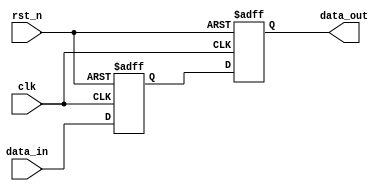
module cdclib_bitsync
  #(
    parameter DWIDTH = 1,    // Sync Data input
    parameter SYNCSTAGE = 2, // Sync stages
    parameter RESET_VAL = 0,  // Reset value
    parameter CLK_FREQ_MHZ = 250   // Clock frequency (in MHz)    
    )
    (
    input  wire              clk,     // clock
    input  wire              rst_n,   // async reset
    input  wire [DWIDTH-1:0] data_in, // data in
    output wire [DWIDTH-1:0] data_out // data out
     );

   // Define wires/regs
   reg [(DWIDTH*SYNCSTAGE)-1:0] sync_regs;
   //wire                         reset_value;
   
   localparam reset_value = (RESET_VAL == 1) ? 1'b1 : 1'b0;  // To eliminate truncating warning

   // Sync Always block
   always @(negedge rst_n or posedge clk) begin
      if (rst_n == 1'b0) begin
         sync_regs[(DWIDTH*SYNCSTAGE)-1:DWIDTH] <= {(DWIDTH*(SYNCSTAGE-1)){reset_value}};
      end
      else begin
         sync_regs[(DWIDTH*SYNCSTAGE)-1:DWIDTH] <= sync_regs[((DWIDTH*(SYNCSTAGE-1))-1):0];
      end
   end
   
   // NF: both FF stages have reset
   always @(negedge rst_n or posedge clk) begin
      if (rst_n == 1'b0) begin
         sync_regs[DWIDTH-1:0] <= {(DWIDTH){reset_value}};
      end
      else begin
         sync_regs[DWIDTH-1:0] <= data_in;
      end
   end

   assign data_out = sync_regs[((DWIDTH*SYNCSTAGE)-1):(DWIDTH*(SYNCSTAGE-1))];

endmodule